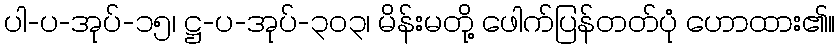
ပါ-ပ-အုပ်-၁၅၊ ဋ္ဌ-ပ-အုပ်-၃၀၃၊ မိန်းမတို့ ဖေါက်ပြန်တတ်ပုံ ဟောထား၏။